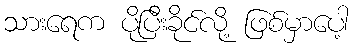
သားရေက ပိုပြီးခိုင်လို့ ဖြစ်မှာပေါ့